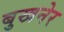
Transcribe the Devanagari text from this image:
बुखनेर